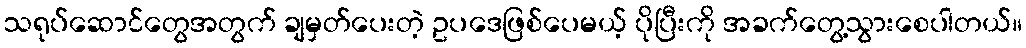
သရုပ်ဆောင်တွေအတွက် ချမှတ်ပေးတဲ့ ဥပဒေဖြစ်ပေမယ့် ပိုပြီးကို အခက်တွေ့သွားစေပါတယ်။